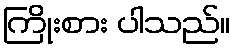
ကြိုးစား ပါသည်။